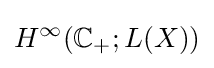
H^{\infty }(\mathbb {C} _{+};L(X))